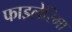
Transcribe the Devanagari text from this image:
फाइलेरिमा